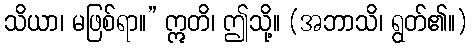
သိယာ၊ မဖြစ်ရာ။” ဣတိ၊ ဤသို့။ (အဘာသိ၊ ရွတ်၏။)